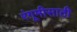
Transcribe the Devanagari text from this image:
रंगूमीसाठी